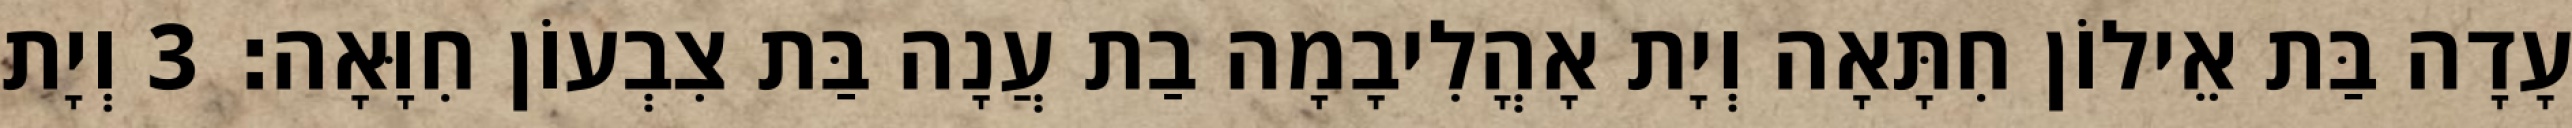
עָדָה בַּת אֵילוֹן חִתָּאָה וְיָת אָהֳלִיבָמָה בַת עֲנָה בַּת צִבְעוֹן חִוָּאָה׃ 3 וְיָת